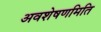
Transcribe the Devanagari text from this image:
अवशेषणमिति